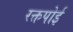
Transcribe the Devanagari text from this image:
रक्तपोई